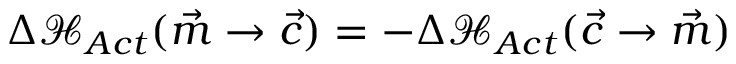
\Delta \mathcal { H } _ { A c t } ( \vec { m } \rightarrow \vec { c } ) = - \Delta \mathcal { H } _ { A c t } ( \vec { c } \rightarrow \vec { m } )